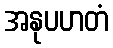
အနုပဟတံ